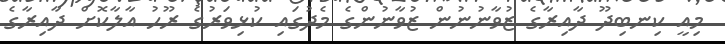
މިއީ ކިނބިދޫ ދާއިރާގެ ޒުވާނުނުން ޒުވާނުންގެ މެދުގައި ކުޅިވަރުގެ ރޫހު އާލާކޮށް ދާއިރާގެ